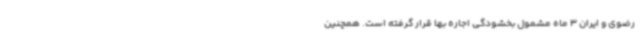
رضوی و ایران 3 ماه مشمول بخشودگی اجاره بها قرار گرفته است. همچنین